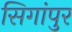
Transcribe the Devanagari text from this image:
सिगांपुर